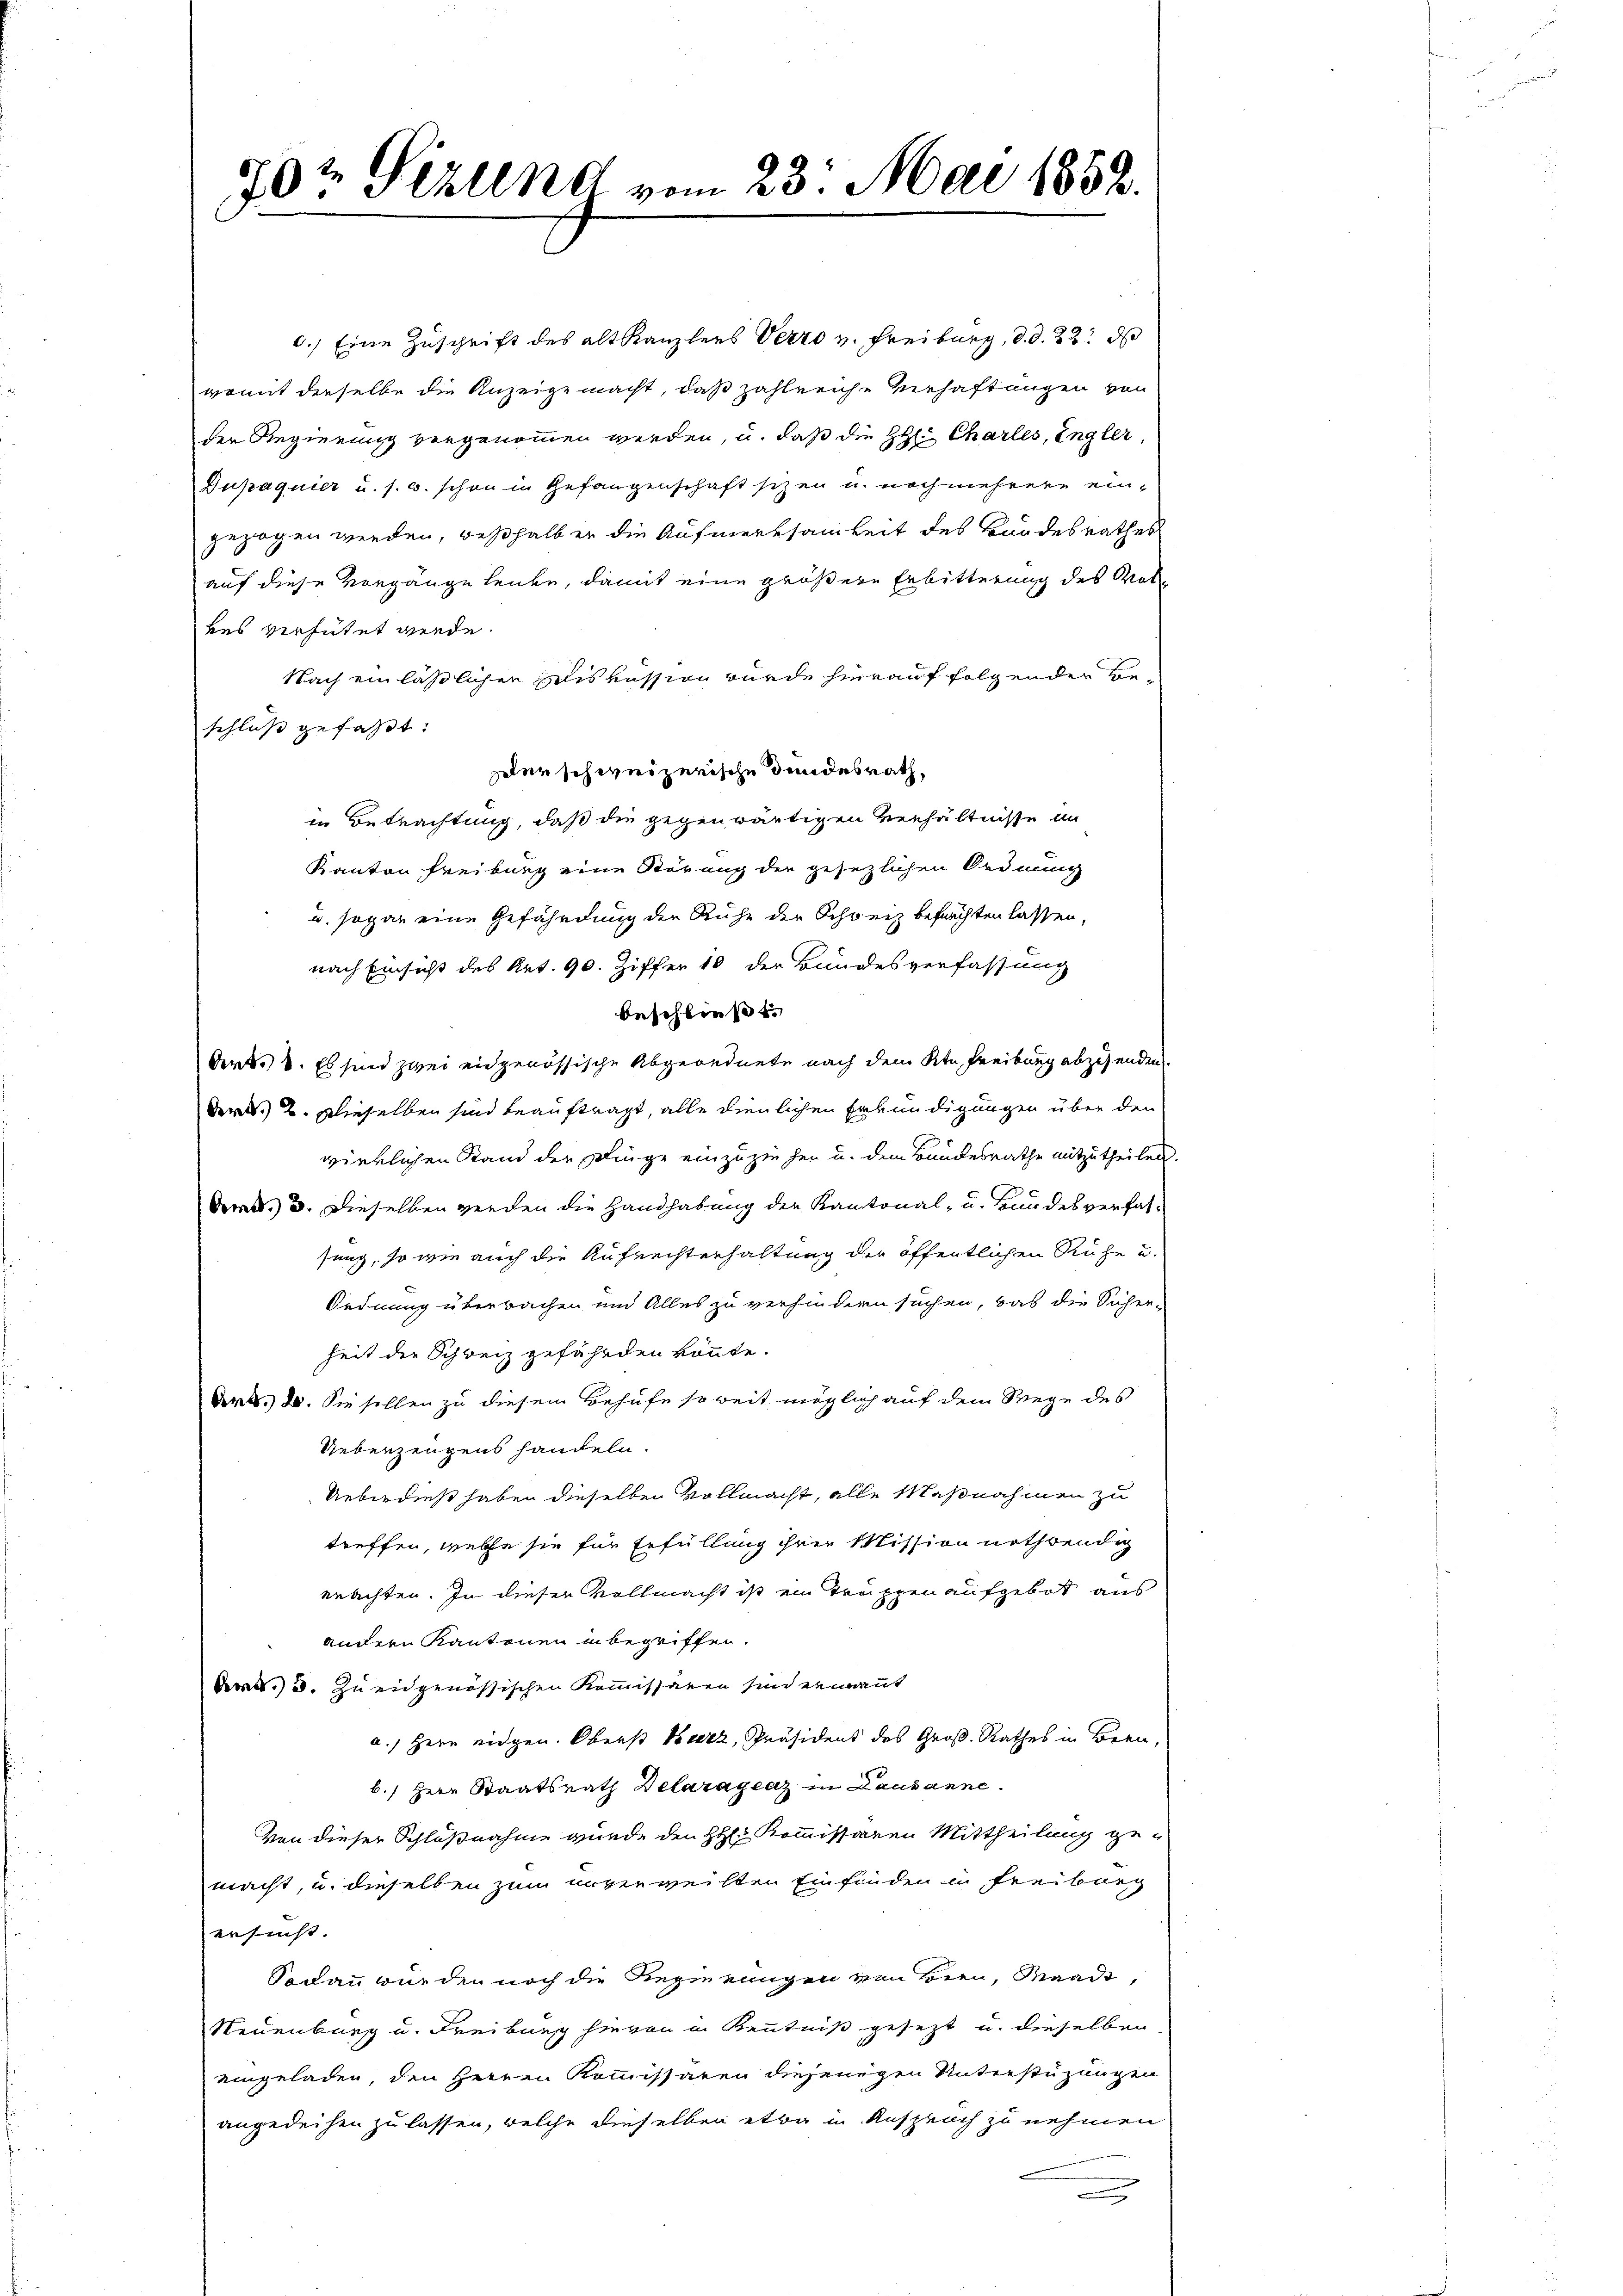
70t Pizuend vom 23. Mai 1858.

6.) Eine Zuschrift des altkanzlers Verro u. Freiburg, d. d. 22. d
womit derselbe die Anzeige macht, daß zahlreiche Verhaftungen von
der Regierung vorgenommen werden, u. daß die H: Charles, Engler,
Dupaquier u. s. w. schon in Gefangenschaft sezen u. noch mehrere eingezogen werden, weßhalb er die Aufmerksamkeit des Bundesrathes
auf diese Vorgänge leute, damit eine größere Erbitterung des Volkes verhütet werde.
Nach ein lässlichen Diskussion wurde hierauf folgender Beschluß gefaßt:
zler schweizerische Bundesrath,
in Betrachtung, daß die gegenwärtigen Verhältnisse in
Kanton Freiburg eine Störung der gesezlichen Ordnung
u. sogar eine Gefährdung der Ruhe der Schweiz befruchten lassen,
nach Einsicht des Art. 90. Ziffer 18 der Bundesverfassung
beschließ es
Oert. 8. Es sind zwei eidgenössische Abgeordnete nach dem Kt. Freiburg abzusenden.
der. 2. Dieselben sind beauftragt, alle dienlichen Erkundigungen über den
wirklichen Stand der Dinge einzuziehen u. dem Bundesrathe mitzutheilen.
Art. 3. Dieselben werden die Handhabung der Kantonal- u. Hundes verfassung, so wie auch die Aufrechterhaltung der öffentlichen Ruhe u.
Ordnung überbachen und Alles zu verhindern suchen, was die Sicher-
heit der Schweiz gefährden könnte.
Art. 20. Sie sollen zu diesem Behufe soweit möglich auf dem Wege des
Ueberzeugens handeln.
Ueberdieß haben dieselben vollmacht, alle Maßnahmen zu
treffen, welche sie für Erfüllung ihrer Mission nothwendig
mrachten. In dieser Vollmacht ist ein Truppen aufgebot aus
andern Kantonen in begriffen.
Art. 3. zu eidgenössischen Kommissären sind ermant
a.) Herr eidgen. Oberst kurz, Präsident des Groß-Rathes in Bern,
b.) Herr Staatsrath Delaragenz in Lausanne.
Von dieser Schlußnahme wurde den Hal Kommissaren Mittheilung ge-
macht, u. dieselben zum unverweilten Einfinden in Freiburg
ersucht.
Sodann wurden noch die Regierungen von Bien, Waadt,
Neuenburg u. Freiburg hievon in Kenntniß gesezt u. dieselben
eingeladen, den Herren Kommissären diejenigen Unterstüzungen
angedeihen zu lassen, welche dieselben etwa in Anspruch zu nehmen
x

¬